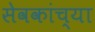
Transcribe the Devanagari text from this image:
सेवकांच्या